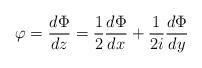
LaTeX: \begin{align*}\varphi=\displaystyle\frac{d\Phi}{dz}=\frac{1}{2}\frac{d\Phi}{dx}+\frac{1}{2i}\frac{d\Phi}{dy}\end{align*}